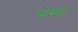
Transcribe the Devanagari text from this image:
बोम्बो